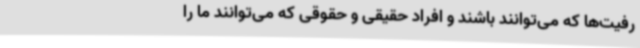
رفیت‌ها که می‌توانند باشند و افراد حقیقی و حقوقی که می‌توانند ما را